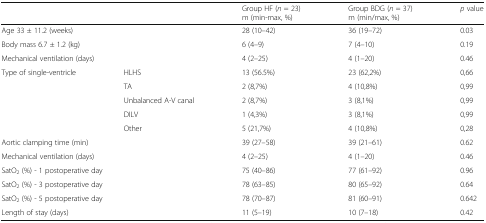
| <COLSPAN=2>  | Group HF (n = 23)m (min-max, %) | Group BDG (n = 37)m (min/max, %) | p value |
 | --- | --- | --- | --- | --- |
 | <COLSPAN=2> Age 33 ± 11.2 (weeks) | 28 (10–42) | 36 (19–72) | 0.03 |
 | <COLSPAN=2> Body mass 6.7 ± 1.2 (kg) | 6 (4–9) | 7 (4–10) | 0.19 |
 | <COLSPAN=2> Mechanical ventilation (days) | 4 (2–25) | 4 (1–20) | 0.46 |
 | <ROWSPAN=5> Type of single-ventricle | HLHS | 13 (56.5%) | 23 (62,2%) | 0,66 |
 | TA | 2 (8,7%) | 4 (10,8%) | 0,99 |
 | Unbalanced A-V canal | 2 (8,7%) | 3 (8,1%) | 0,99 |
 | DILV | 1 (4,3%) | 3 (8,1%) | 0,99 |
 | Other | 5 (21,7%) | 4 (10,8%) | 0,28 |
 | <COLSPAN=2> Aortic clamping time (min) | 39 (27–58) | 39 (21–61) | 0.62 |
 | <COLSPAN=2> Mechanical ventilation (days) | 4 (2–25) | 4 (1–20) | 0.46 |
 | <COLSPAN=2> SatO2 (%) - 1 postoperative day | 75 (40–86) | 77 (61–92) | 0.96 |
 | <COLSPAN=2> SatO2 (%) - 3 postoperative day | 78 (63–85) | 80 (65–92) | 0.64 |
 | <COLSPAN=2> SatO2 (%) - 5 postoperative day | 78 (70–87) | 81 (60–91) | 0.642 |
 | <COLSPAN=2> Length of stay (days) | 11 (5–19) | 10 (7–18) | 0.42 |